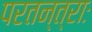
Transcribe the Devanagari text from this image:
परतन्त्राः